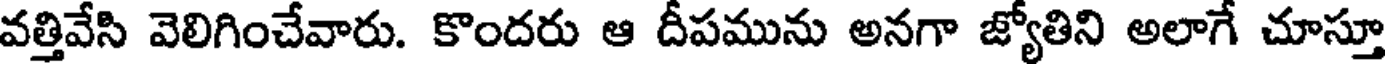
వత్తివేసి వెలిగించేవారు. కొందరు ఆ దీపమును అనగా జ్యోతిని అలాగే చూస్తూ